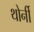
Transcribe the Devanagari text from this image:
थोर्नी